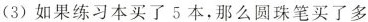
(3)如果练习本买了5本，那么圆珠笔买了多